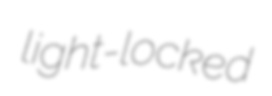
light-locked